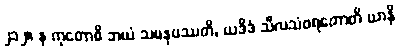
၂၁၂။ န ကုတောစိ ဘယံ သမနုပဿတိ, ယဒိဒံ သီလသံဝရတောတိ ယာနိ